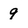
Character: 9